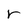
Character: r